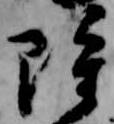
雖